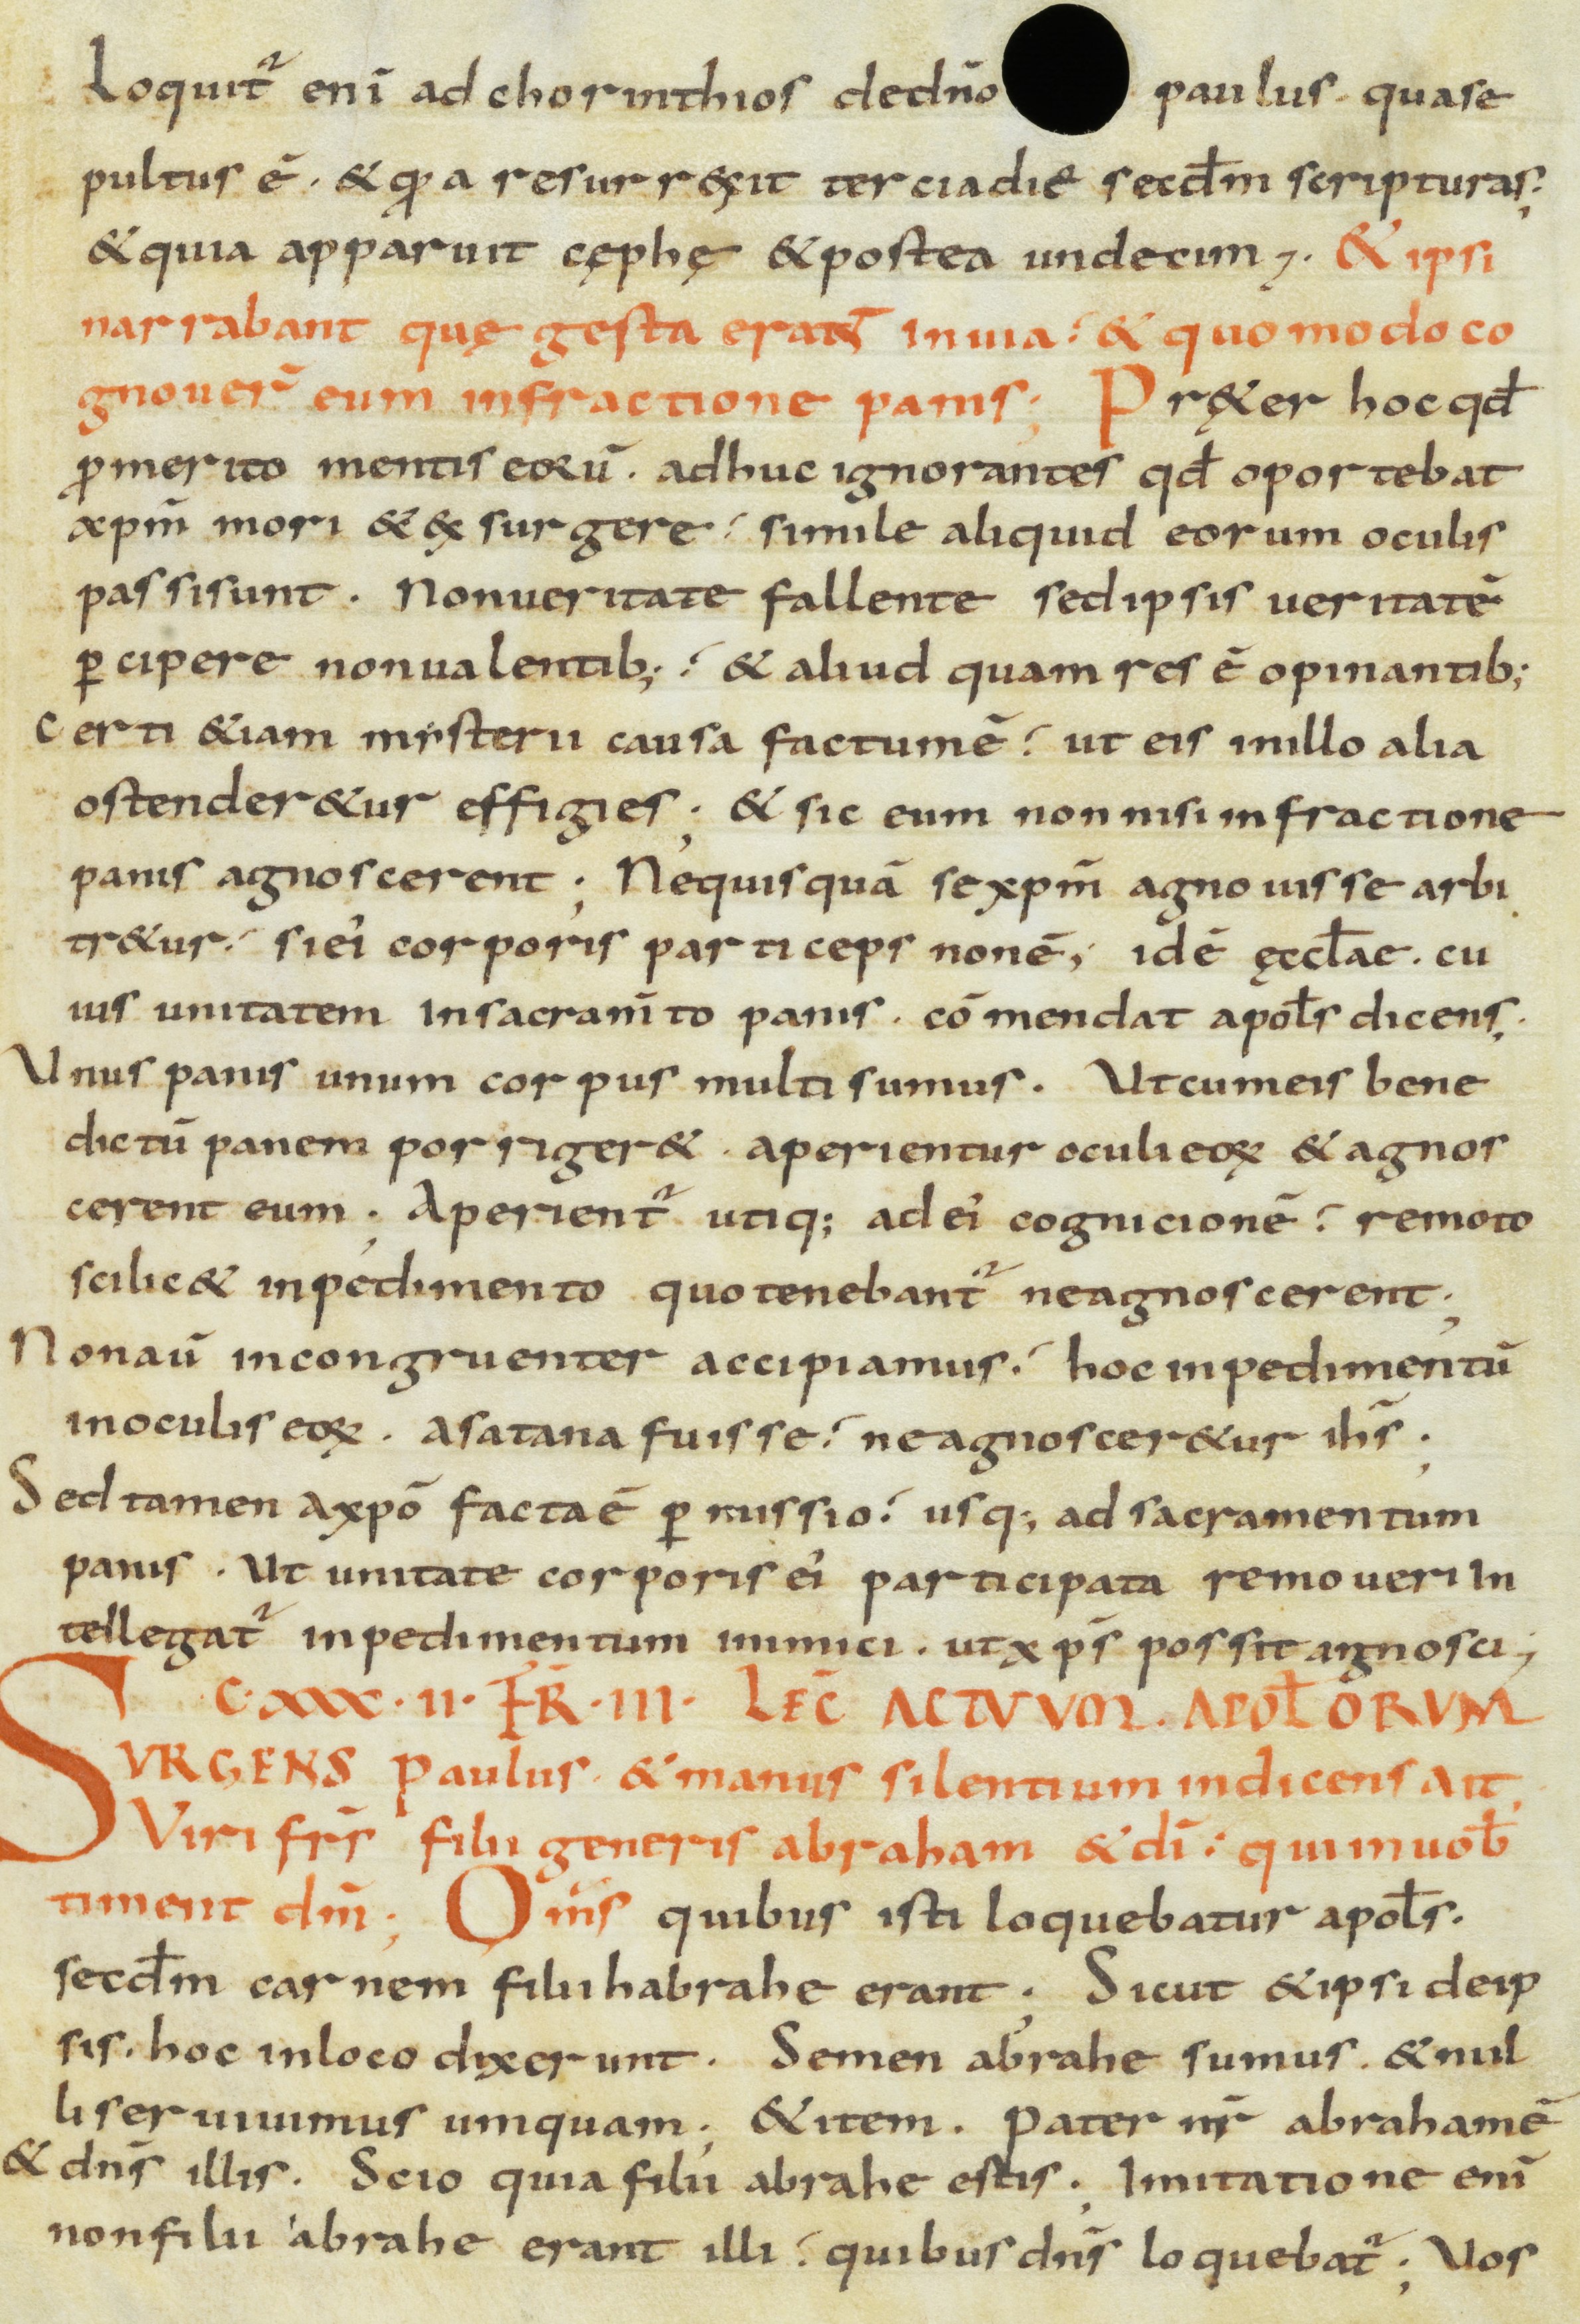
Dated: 800–899